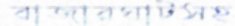
বাজারঘাটসহ